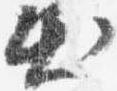
出